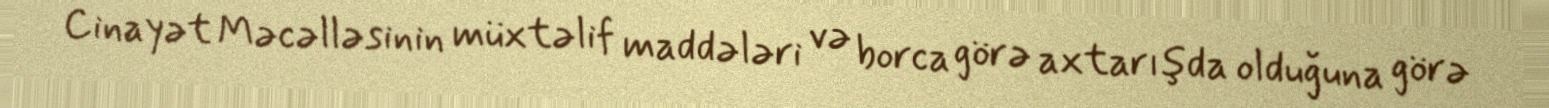
Cinayət Məcəlləsinin müxtəlif maddələri və borca görə axtarışda olduğuna görə